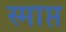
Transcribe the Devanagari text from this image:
स्माप्त